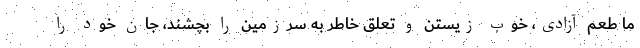
ما طعم آزادی، خوب زیستن و تعلق خاطر به سرزمین را بچشند، جان خود را